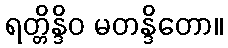
ရတ္တိန္ဒိဝ မတန္ဒိတော။